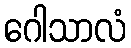
ဂေါသာလံ